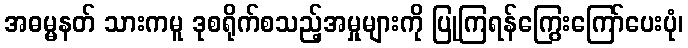
အဓမ္မနတ် သားကမူ ဒုစရိုက်စသည့်အမှုများကို ပြုကြရန်ကြွေးကြော်ပေးပုံ၊